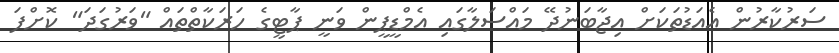
ސަރުކާރުން އެއަޑުތަކަށް އިޖާބަނުދޭ މައްސަލާގައި އެމްޑީޕީން ވަނީ ޕާޓީގެ ހަރަކާތްތައް "ވަރުގަދަ" ކޮށްފަ